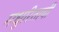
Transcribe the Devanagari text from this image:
मधुरिताची